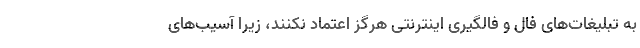
به تبلیغات‌های فال و فالگیری اینترنتی هرگز اعتماد نکنند، زیرا آسیب‌های